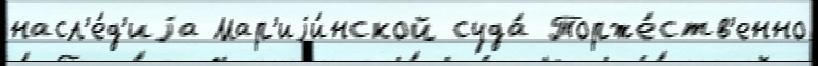
насл'е́д'иjа Мар'иjи́нской суда́ Торже́ств'енно